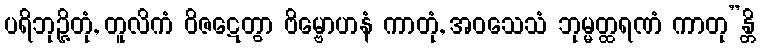
ပရိဘုဉ္ဇိတုံ, တူလိကံ ဝိဇဋေတွာ ဗိမ္ဗောဟနံ ကာတုံ, အဝသေသံ ဘုမ္မတ္ထရဏံ ကာတု”န္တိ